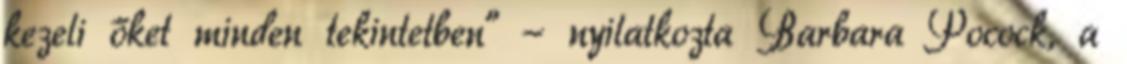
kezeli őket minden tekintetben" - nyilatkozta Barbara Pocock, a